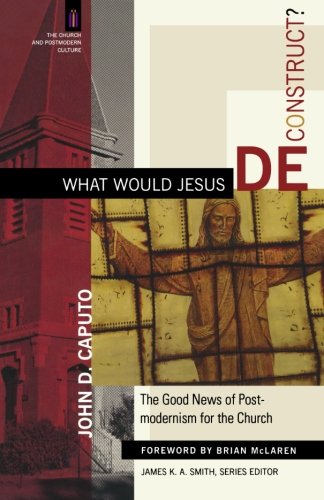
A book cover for What Would Jesus Deconstruct?: The Good News of Postmodernism for the Church (The Church and Postmodern Culture); John D. Caputo; Christian Books & Bibles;